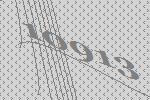
10913